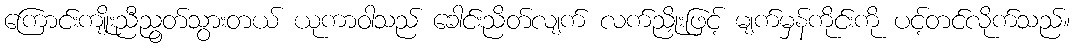
ကြောင်းကျိုးညီညွတ်သွားတယ် ယုကာဝါသည် ခေါင်းညိတ်လျက် လက်ညှိုးဖြင့် မျက်မှန်ကိုင်းကို ပင့်တင်လိုက်သည်။